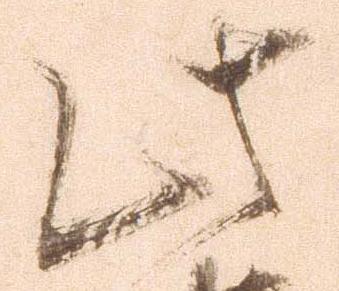
此